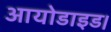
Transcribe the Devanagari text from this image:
आयोडाइड।